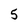
Character: 5